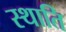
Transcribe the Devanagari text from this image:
स्थाति